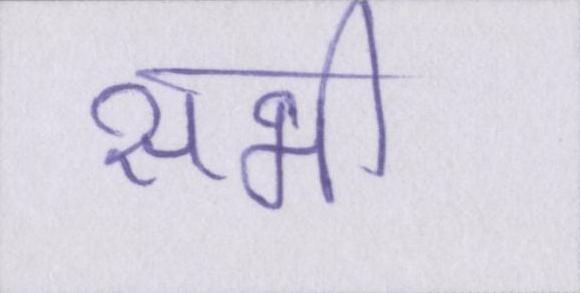
सभी